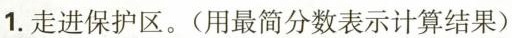
1.走进保护区。(用最简分数表示计算结果)